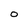
Character: O